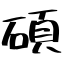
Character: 碩